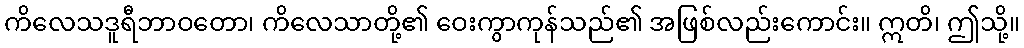
ကိလေသဒူရီဘာဝတော၊ ကိလေသာတို့၏ ဝေးကွာကုန်သည်၏ အဖြစ်လည်းကောင်း။ ဣတိ၊ ဤသို့။